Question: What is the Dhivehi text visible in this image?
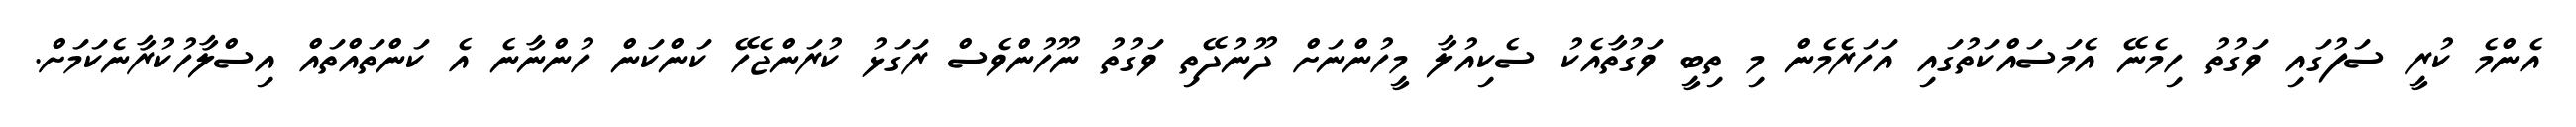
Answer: އެންމެ ކުރީ ސަފުގައި ވަގުތު ހިމެނޭ އެމަސައްކަތުގައި އަހަރެމެން މި ތިބީ ވަގުތާއެކު ސެކިއުލާ މީހުންނަށް ދޫނުދޭތި ވަގުތު ނޫހުންވެސް ރަގަޅު ކުރަންޖެހޭ ކަންކަން ހުންނާނެ އެ ކަންތައްތައް އިސްލާހުކުރާނެކަމަށް.